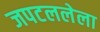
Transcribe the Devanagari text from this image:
जपटललेला